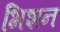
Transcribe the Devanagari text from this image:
भिशन